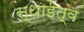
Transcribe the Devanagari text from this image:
स्थाईत्व